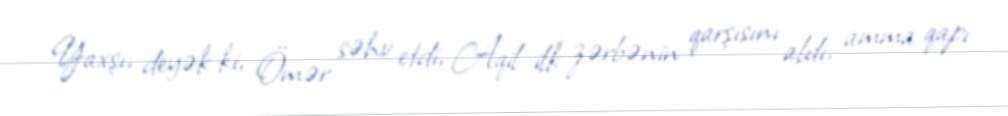
Yaxşı, deyək ki, Ömər səhv etdi, Aqil ilk zərbənin qarşısını aldı, amma qapı